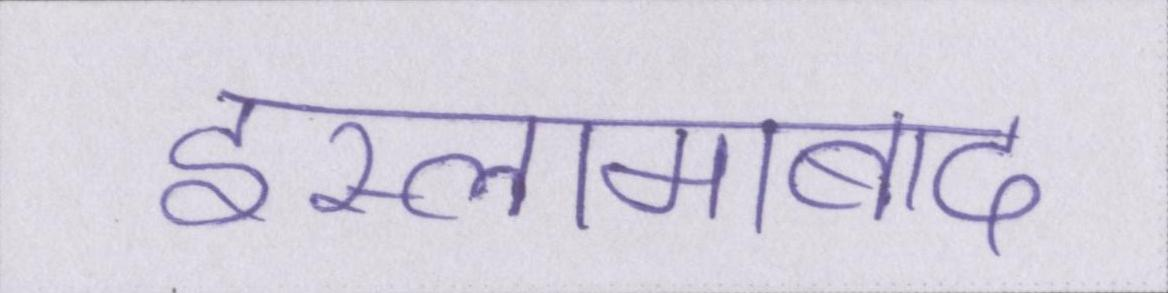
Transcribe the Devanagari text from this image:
इस्लामाबाद